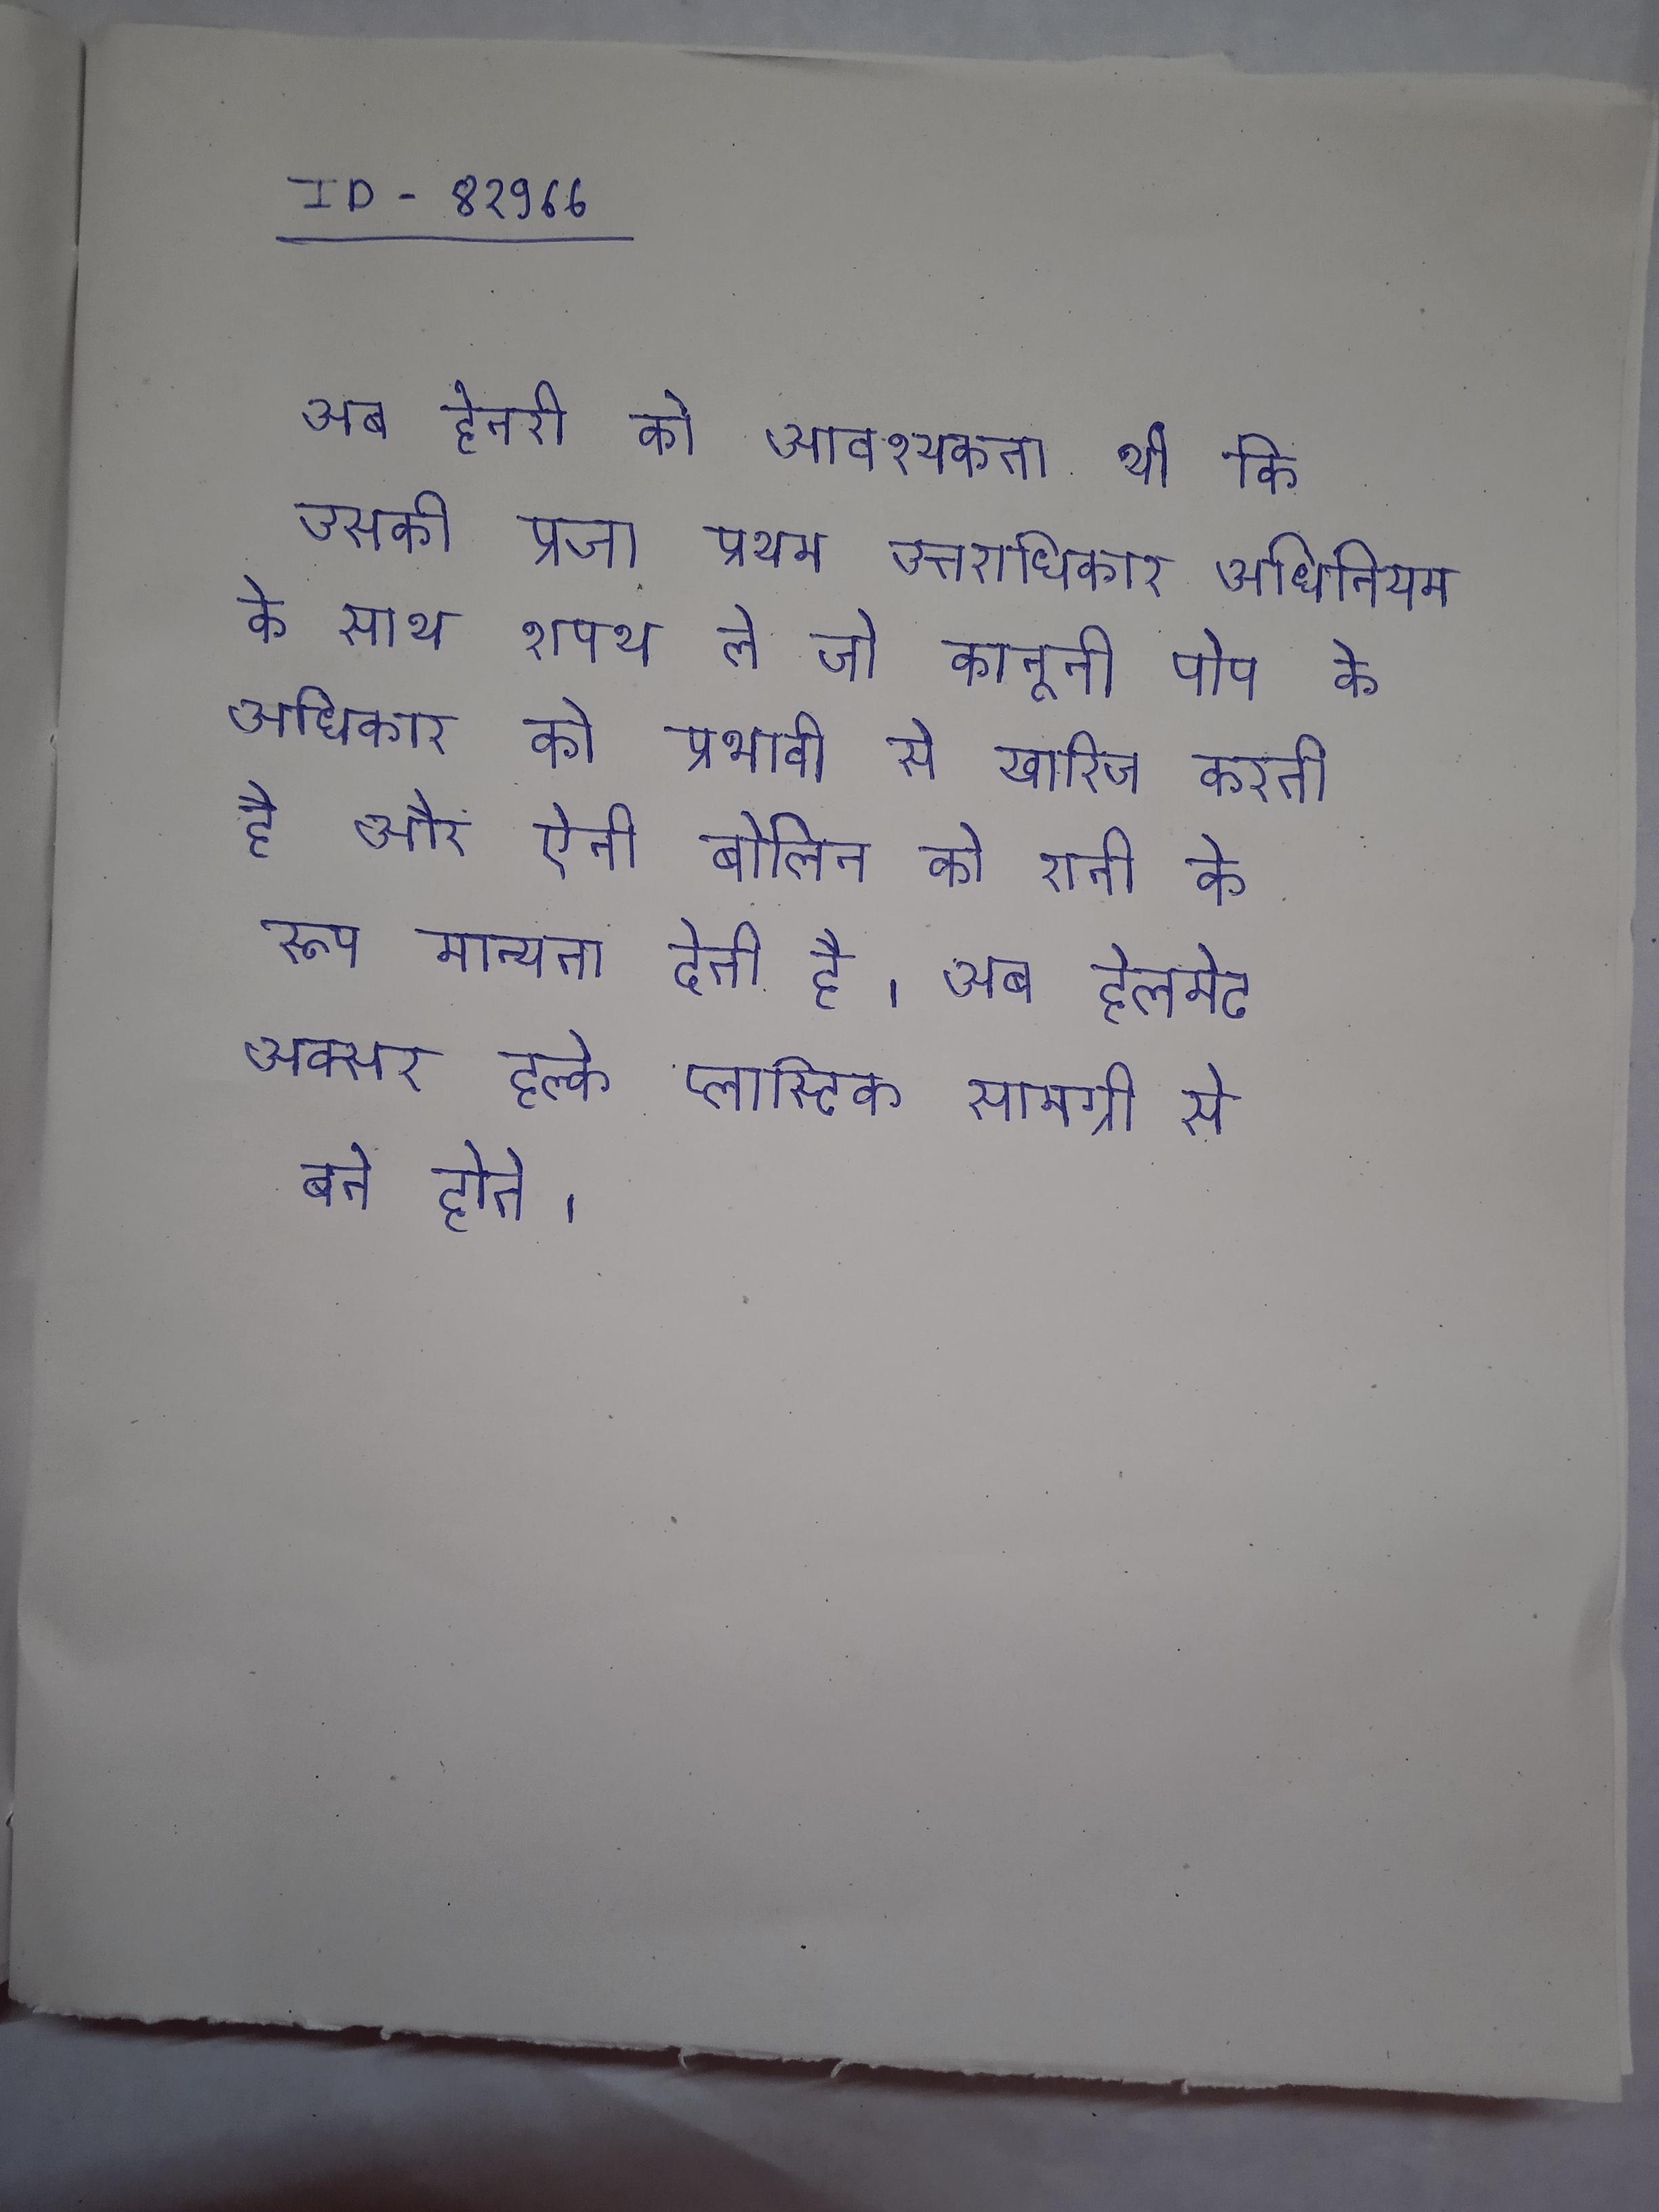
अब हेनरी को आवश्यकता थी कि उसकी प्रजा प्रथम उत्तराधिकार अधिनियम के साथ शपथ ले जो कानूनी पोप के अधिकार को प्रभावी से खारिज करती है और ऐनी बोलिन को रानी के रूप मान्यता देती है । अब हेलमेट अक्सर हल्के प्लास्टिक सामग्री से बने होते ।